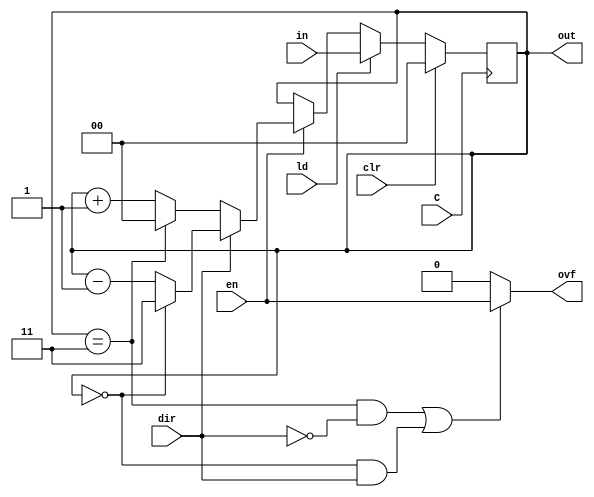
module DIG_CounterPreset #(
    parameter Bits = 2,
    parameter maxValue = 4
)
(
    input C,
    input en,
    input clr,
    input dir,
    input [(Bits-1):0] in,
    input ld,
    output [(Bits-1):0] out,
    output ovf
);

    reg [(Bits-1):0] count = 'h0;

    function [(Bits-1):0] maxVal (input [(Bits-1):0] maxv);
        if (maxv == 0)
            maxVal = (1 << Bits) - 1;
        else
            maxVal = maxv;
    endfunction

    assign out = count;
    assign ovf = ((count == maxVal(maxValue) & dir == 1'b0)
                  | (count == 'b0 & dir == 1'b1))? en : 1'b0;

    always @ (posedge C) begin
        if (clr == 1'b1)
            count <= 'h0;
        else if (ld == 1'b1)
            count <= in;
        else if (en == 1'b1) begin
            if (dir == 1'b0) begin
                if (count == maxVal(maxValue))
                    count <= 'h0;
                else
                    count <= count + 1'b1;
            end
            else begin
                if (count == 'h0)
                    count <= maxVal(maxValue);
                else
                    count <= count - 1;
            end
        end
    end
endmodule